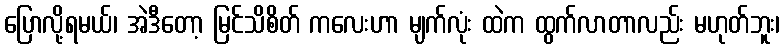
ပြောလို့ရမယ်၊ အဲဒီတော့ မြင်သိစိတ် ကလေးဟာ မျက်လုံး ထဲက ထွက်လာတာလည်း မဟုတ်ဘူး၊